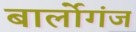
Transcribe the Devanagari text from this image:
बार्लोगंज